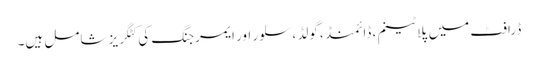
ڈرافٹ میں پلاٹینم ، ڈائمنڈ ، گولڈ ، سلور اور ایمرجنگ کی کٹگریز شامل ہیں۔